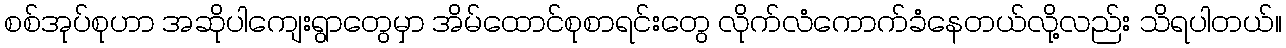
စစ်အုပ်စုဟာ အဆိုပါကျေးရွာတွေမှာ အိမ်ထောင်စုစာရင်းတွေ လိုက်လံကောက်ခံနေတယ်လို့လည်း သိရပါတယ်။